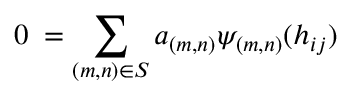
0 \; = \sum _ { { ( m , n ) } \in { \cal S } } a _ { ( m , n ) } { \psi _ { ( m , n ) } } ( { h _ { i j } } )